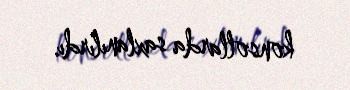
konsollarda saxlanılırdı.